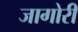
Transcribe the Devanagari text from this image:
जागोरी